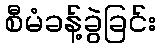
စီမံခန့်ခွဲခြင်း